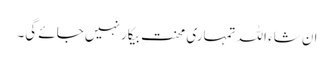
ان شاء اللہ تمہاری محنت بیکار نہیں جائے گی۔